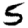
Digit: 5